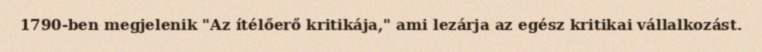
1790-ben megjelenik "Az ítélőerő kritikája," ami lezárja az egész kritikai vállalkozást.